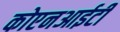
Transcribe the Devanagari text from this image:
कोएनआईटी